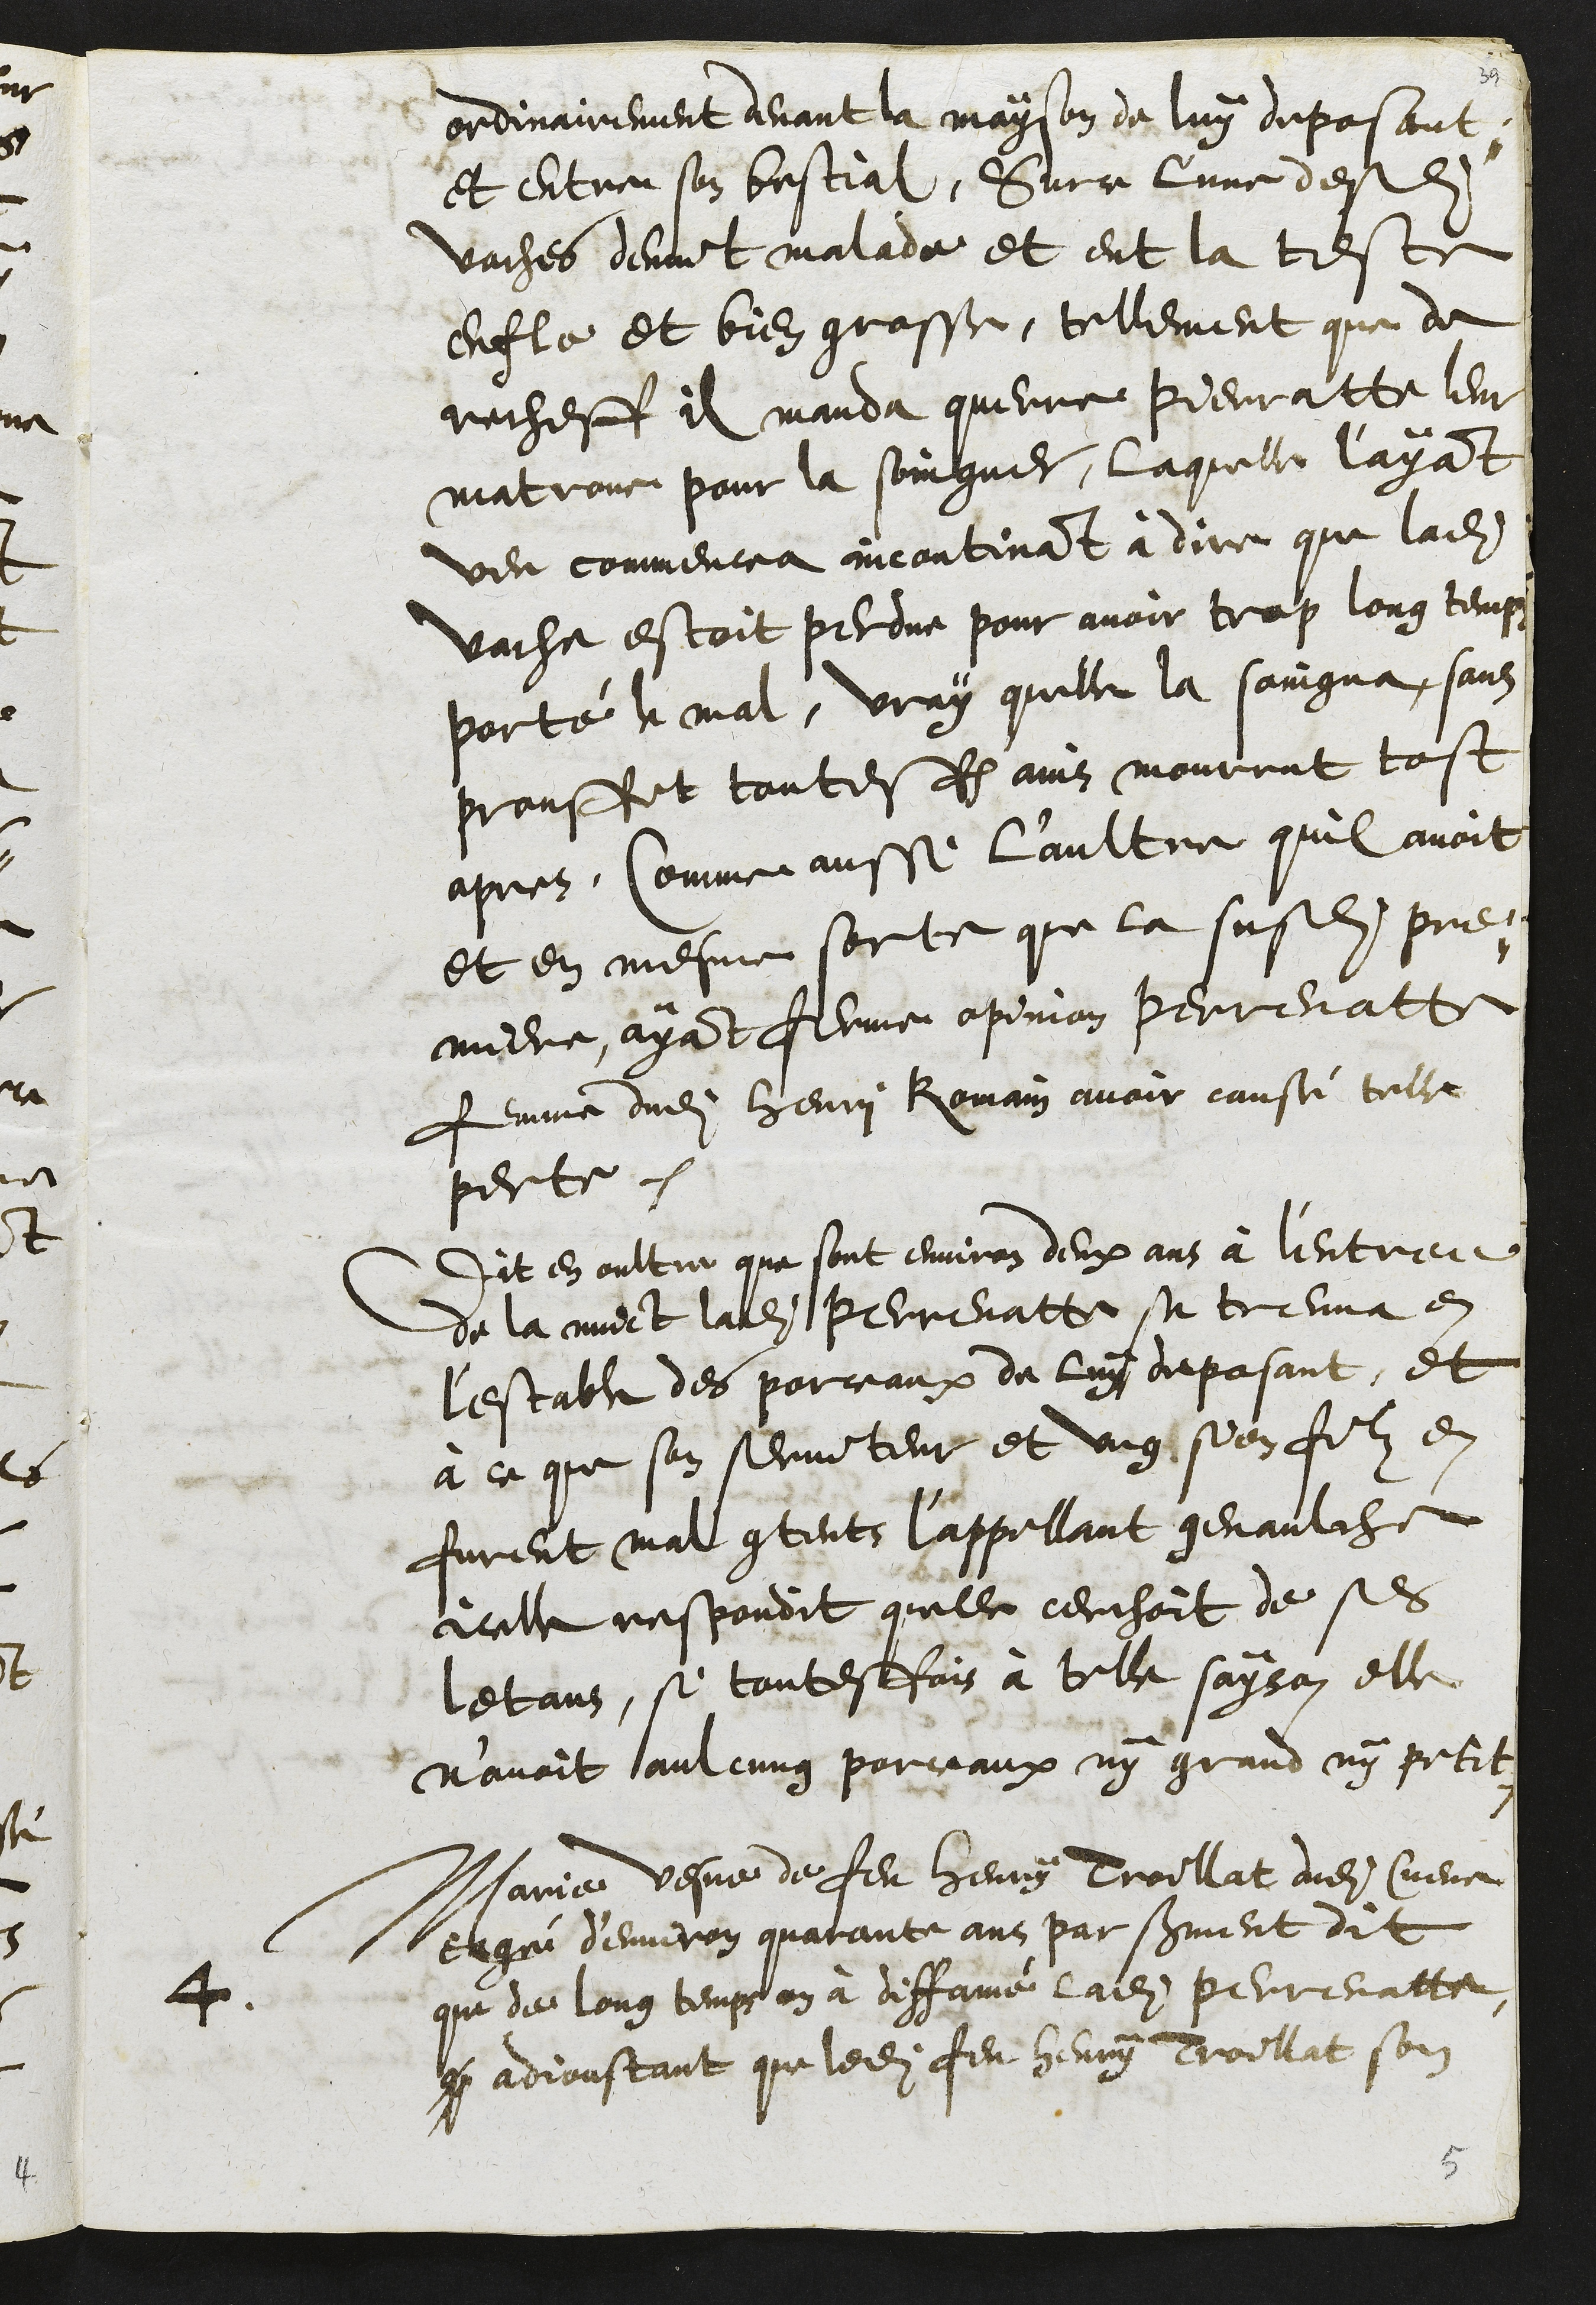
ordinairement devant la mayson de luy deposant
et entre son bestial. Surce lune desdits
vaches devint malade et eut la teste
enfle et bien grosse, tellement que de
recheff il manda querre Pierratte leur
matrone pour la soingner, laquelle l'ayant
veu commencea incontinant à dire que ladite
vache estoit perdue pour avoir trop long temps
porté le mal, vray quelle la soingna, sans
prouffit toutesfois ains mourrut tost
apres. Comme aussi l'aultre quil avoit
et en mesme sorte que la susdite pre-
miere, ayant ferme opinion Perrenate
femme dudit Henri Romain avoir causé telle
perte.
Dit en oultre que sont environ deux ans à l'entree
de la nuict ladite Perrenatte se treuva en
l'estable des porceaux de luy deposant, et
à ce que son serviteur et ung sien filz en
furent mal contents l'appellant genaulche
icelle respondit quelle cerchoit de ses
letans, si toutesfois à telle sayson elle
n’avoit aulcung porceaux ny grand ny petit.
4
Marie vesve de feu Henry Troillat dudit Cueve
eagé d'environ quarante ans par serment dit
que de long temps on à diffamé ladite Perrenatte
q adjoustant que ledit feu Henry Troillat son

5